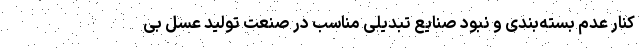
کنار عدم بسته‌بندی و نبود صنایع تبدیلی مناسب در صنعت تولید عسل بی